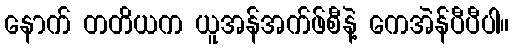
နောက် တတိယက ယူအန်အက်ဖ်စီနဲ့ ကေအဲန်ပီပီပါ။